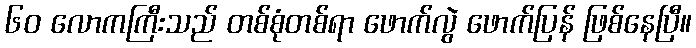
၆၀ လောကကြီးသည် တစ်စုံတစ်ရာ ဖောက်လွဲ ဖောက်ပြန် ဖြစ်နေပြီ။